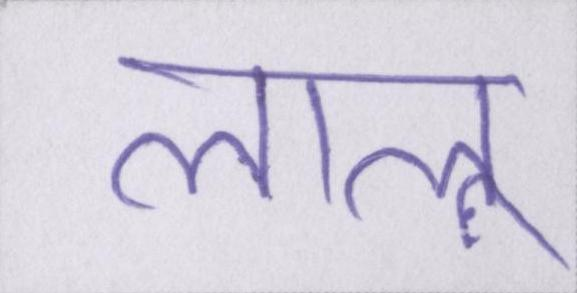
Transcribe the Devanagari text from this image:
लालू